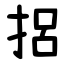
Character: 捛